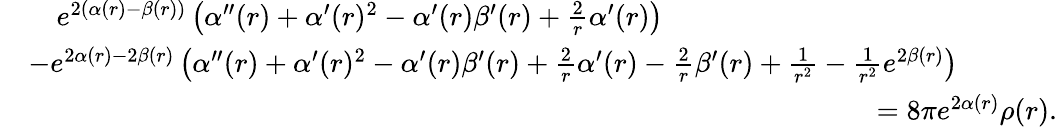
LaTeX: \begin{array}{rl}&{\phantom{-}\: e^{2(\alpha(r)-\beta(r))}\left(\alpha^{\prime\prime}(r)+\alpha^{\prime}(r)^{2}-\alpha^{\prime}(r)\beta^{\prime}(r)+\frac{2}{r}\alpha^{\prime}(r)\right)}\\ &{-e^{2\alpha(r)-2\beta(r)}\left(\alpha^{\prime\prime}(r)+\alpha^{\prime}(r)^{2}-\alpha^{\prime}(r)\beta^{\prime}(r)+\frac{2}{r}\alpha^{\prime}(r)-\frac{2}{r}\beta^{\prime}(r)+\frac{1}{r^{2}}-\frac{1}{r^{2}}e^{2\beta(r)}\right)}\\ &{\qquad\qquad\qquad\qquad\qquad\qquad\qquad\qquad\qquad\qquad\qquad\qquad\qquad\qquad\qquad=8\pi e^{2\alpha(r)}\rho(r).}\end{array}